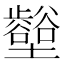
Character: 𡓼